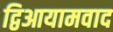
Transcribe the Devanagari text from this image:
द्विआयामवाद